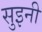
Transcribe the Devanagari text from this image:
सुइनी